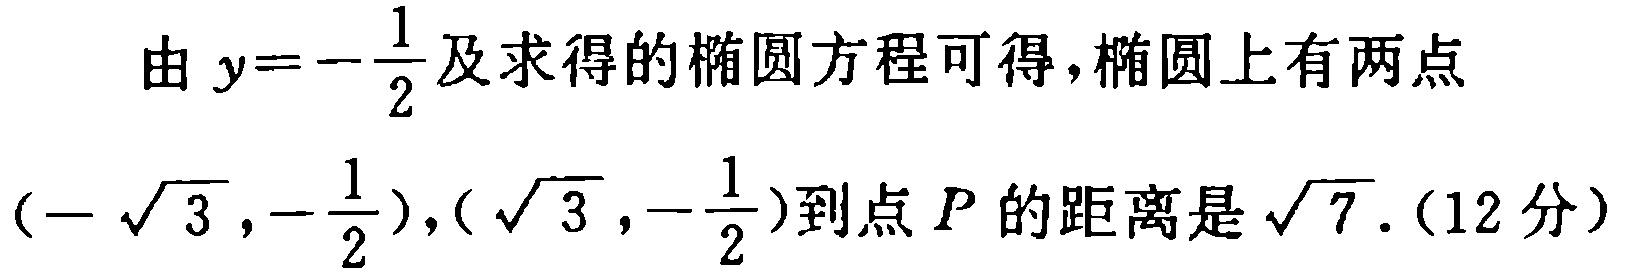
由 \(y = -\frac{1}{2}\) 及求得的椭圆方程可得，椭圆上有两点\((-\sqrt{3},-\frac{1}{2}),(\sqrt{3},-\frac{1}{2})\)到点 \(P\) 的距离是 \(\sqrt{7}\). (12分)